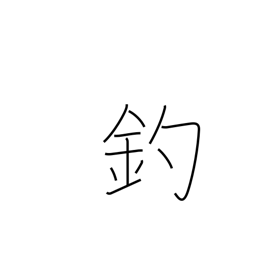
Meaning: ensnare